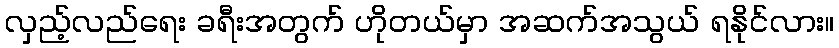
လှည့်လည်ရေး ခရီးအတွက် ဟိုတယ်မှာ အဆက်အသွယ် ရနိုင်လား။